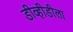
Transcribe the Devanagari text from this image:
डीव्हीडीला